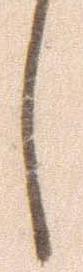
し